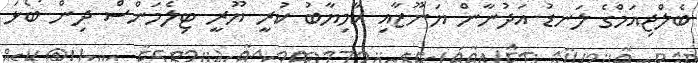
ބެލްޖިއަމްގެ ލަނޑު އަދުނާން ޔަނޫޒާއި ކާމިޔާބު ކުރީ ޔޫރީ ޓިލެމަންސް ދިން ބޯޅަ